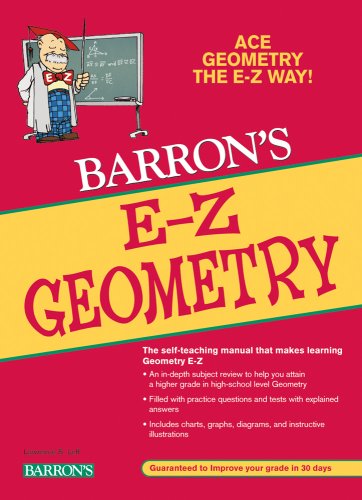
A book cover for E-Z Geometry; Lawrence S. Leff; Science & Math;